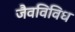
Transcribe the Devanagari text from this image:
जैवविविध